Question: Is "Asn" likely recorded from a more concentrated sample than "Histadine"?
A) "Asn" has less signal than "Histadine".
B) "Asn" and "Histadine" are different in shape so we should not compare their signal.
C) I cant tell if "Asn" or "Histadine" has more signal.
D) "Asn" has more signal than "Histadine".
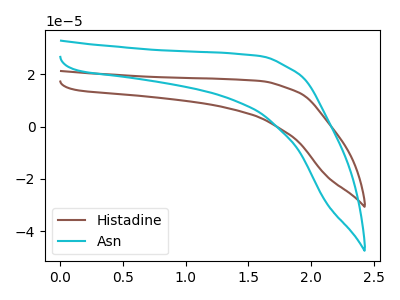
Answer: <think>The brown curve "Histadine" has no peaks. The cyan curve "Asn" has no peaks.
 Neither "Asn" or "Histadine" have any peaks.</think>
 <answer>C) I cant tell if "Asn" or "Histadine" has more signal.</answer>
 <eval>C</eval>